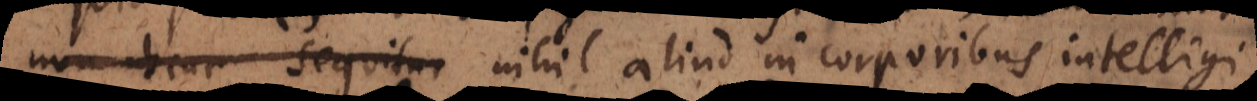
minime sequitur nihil aliud in corporibus intelligi